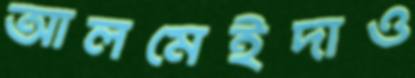
আলমেইদাও